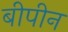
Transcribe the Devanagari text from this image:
बीपीन